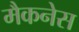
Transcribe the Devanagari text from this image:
मैकनेस